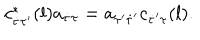
c _ { \dot { \tau } \tau ^ { \prime } } ^ { * } ( l ) a _ { \dot { \tau } \tau } = a _ { \tau ^ { \prime } \dot { \tau } ^ { \prime } } c _ { \dot { \tau } ^ { \prime } \tau } ( l ) .